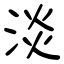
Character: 淡